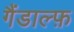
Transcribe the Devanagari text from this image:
गैंडाल्फ़